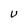
Character: U